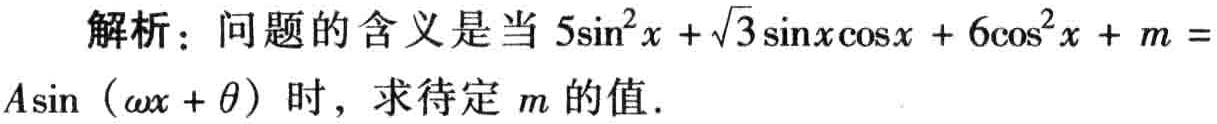
解析：问题的含义是当 \(5\sin^{2}x + \sqrt{3}\sin x\cos x + 6\cos^{2}x + m = A\sin(\omega x+\theta)\) 时，求待定 \(m\) 的值.